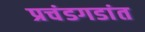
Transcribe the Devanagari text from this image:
प्रचंडगडांत